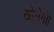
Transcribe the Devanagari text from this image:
खोलेगी।